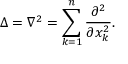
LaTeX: \Delta = \nabla ^ { 2 } = \sum _ { k = 1 } ^ { n } { \frac { \partial ^ { 2 } } { \partial x _ { k } ^ { 2 } } } .